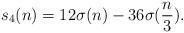
LaTeX: \begin{align*}s_{4}(n) = 12\sigma(n) - 36\sigma(\frac{n}{3}). \end{align*}